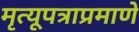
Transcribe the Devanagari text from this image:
मृत्यूपत्राप्रमाणे